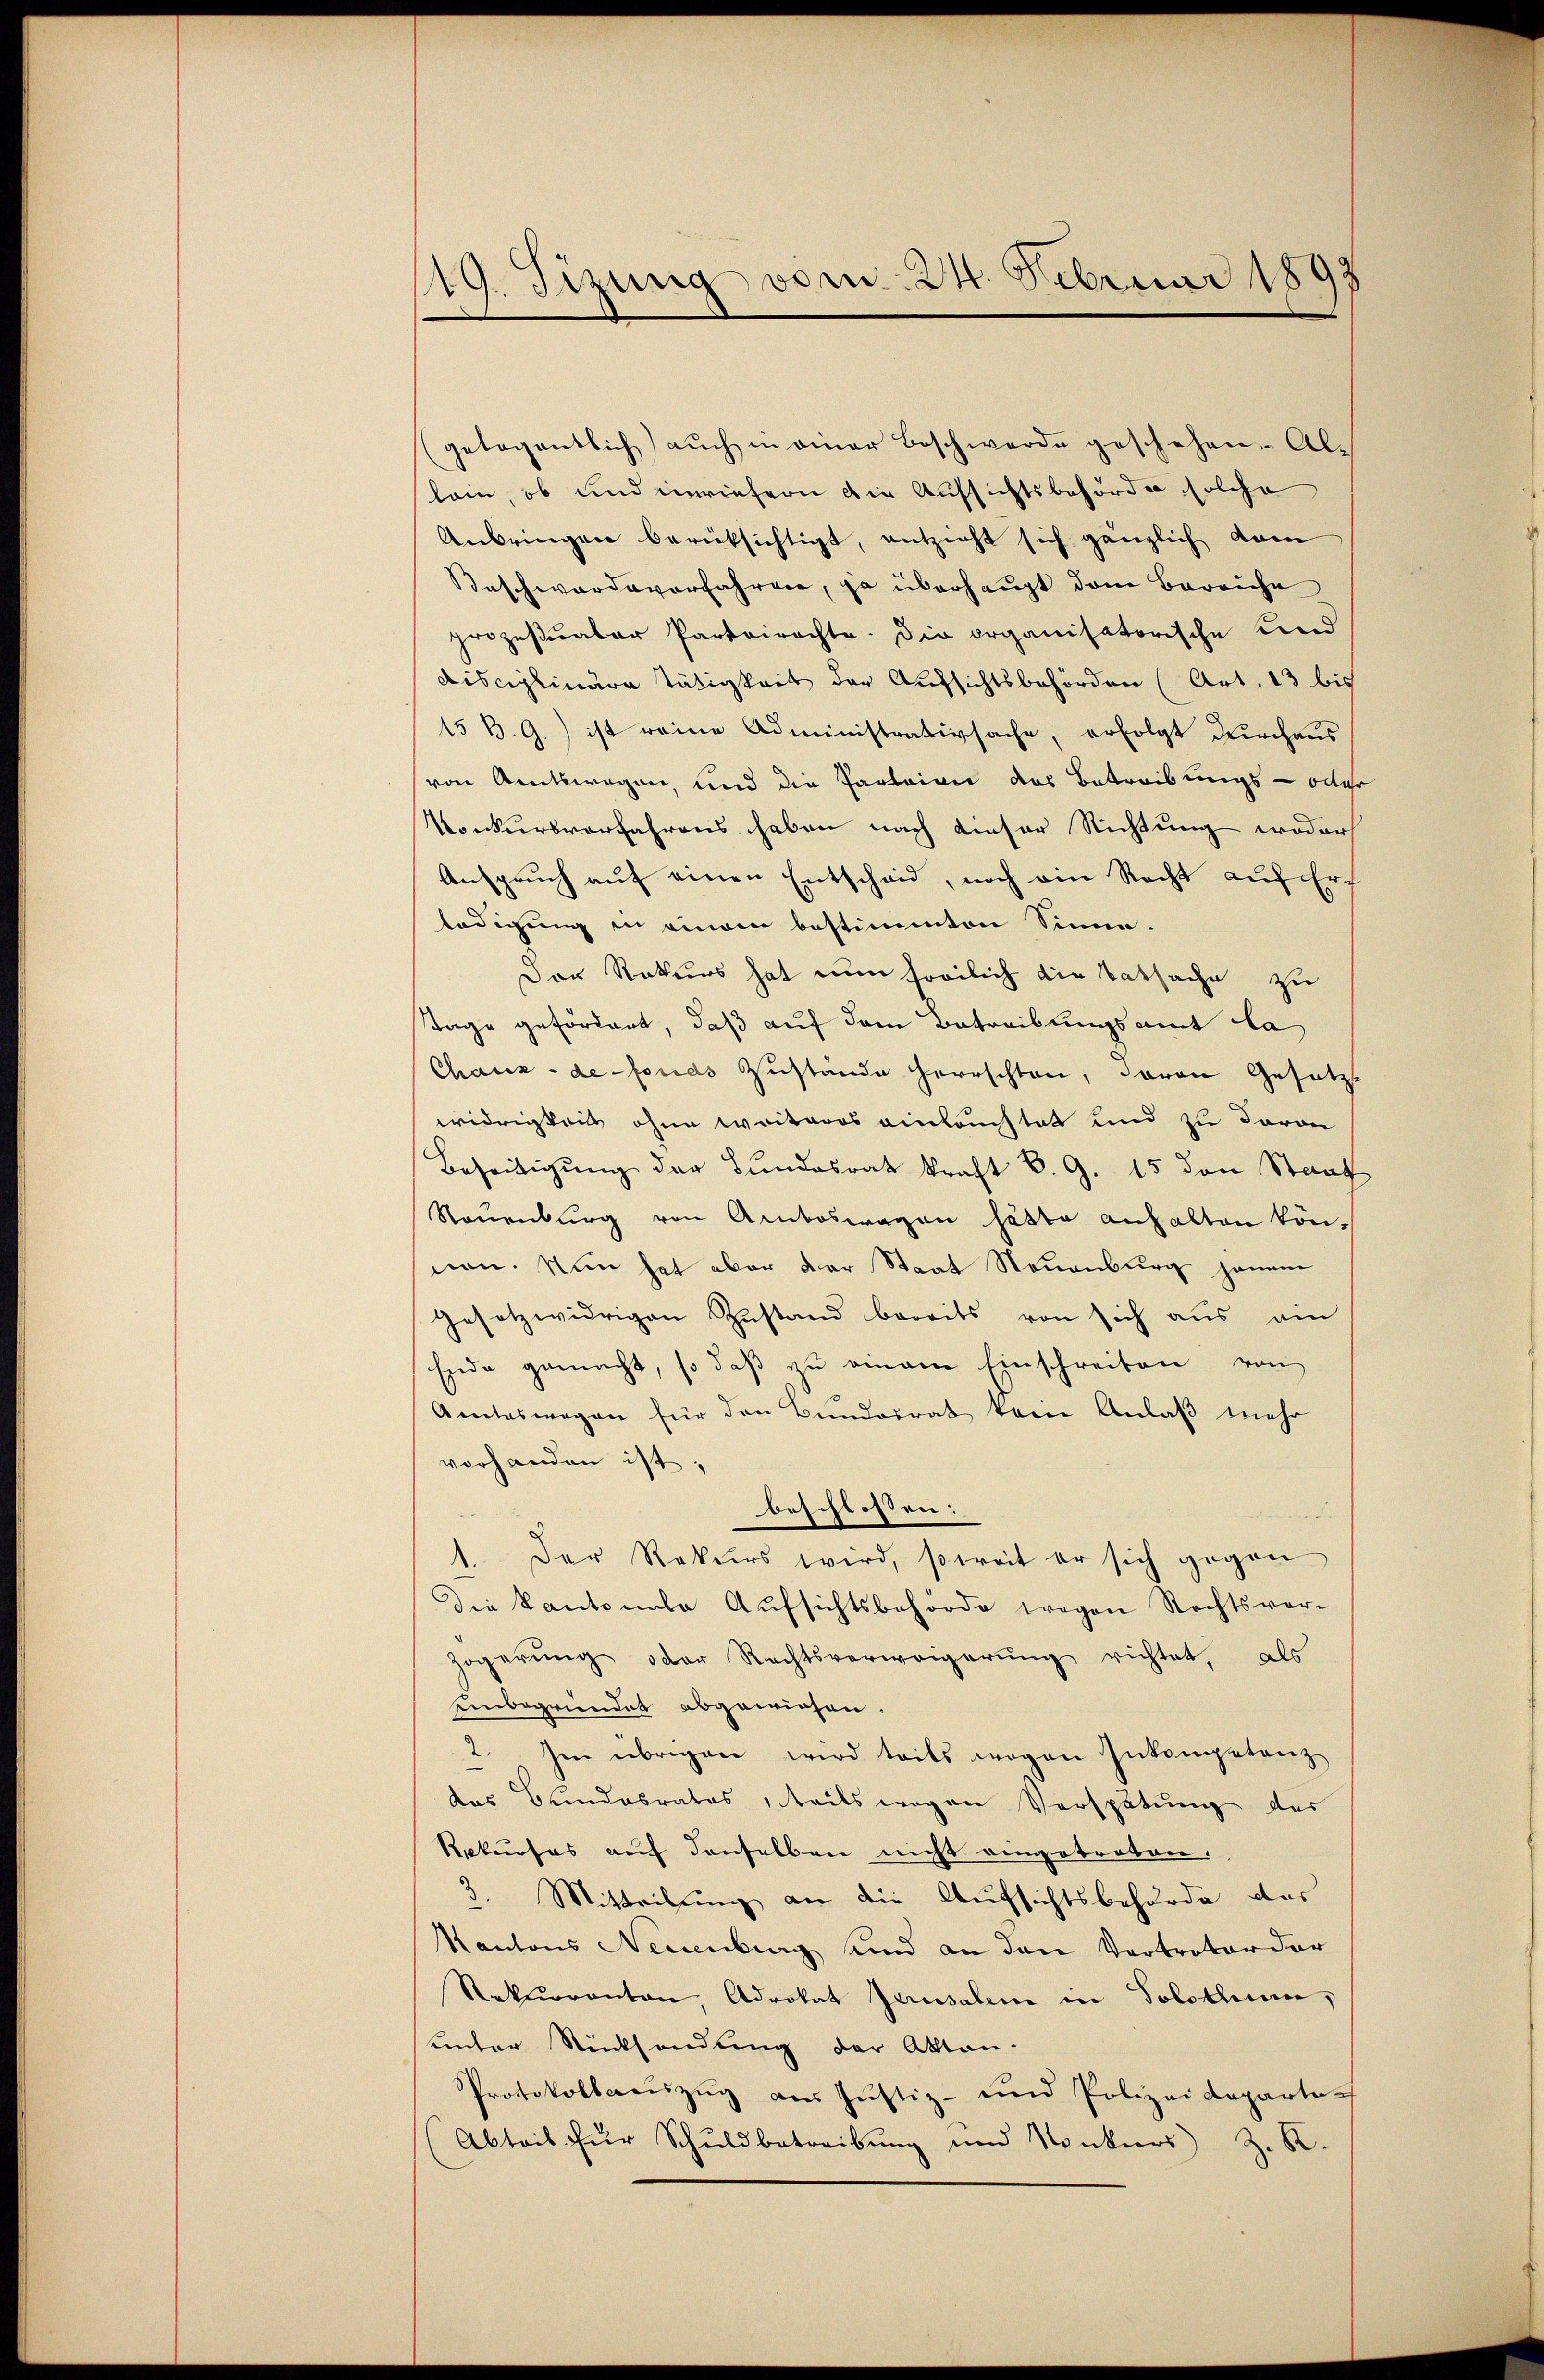
119. Sizung vom 24. Februar 189
¬

(gelegentlich aŭch in einer Beschwerde geschehen. Allein, ob und inwiefern die Aufsichtsbehörde solche
Anbringen berücksichtigt, entzieht sich gänzlich dam
Beschwardsverfahren, ja überhaupt dem Barriche
prozesuaber Parteirechte. Die organisatorische Kind
disciplinare tätigkeit der Aufsichtsbehörden (Art. 13 bis
15 B. G.) ist reine Administrativsache, erfolgt durchaus
von Amtswegen, und die Parteien das Betreibungs- oder
Konkursverfahrens haben nach dieser Richtung wodur
Anspruch auf einen Entscheid, noch ein Recht auf Erledigung in einem bestimmten Sinne-
Der Rekurs hat nun horilich die Tatsache zu
Tage gefördert, daß auf dem Betreiblingsamt la
Chaux-de-Fonds Zŭstände herrschten, davon Gesetz-
widrigkeit ohne weiteres einleuchtet und zu davon
Beseitigŭng der Bundesrat kraft B. G. 15 den Staat
Neuenburg von Amtoswagen hätte anhalten können. Nun hat aber der Staat Neuenburg jenem
Gesetzwidrigen Zustand bereits von sich aus ein
Ende gemacht, so daß zu einem Einschreiben von
Amteswegen für den Bunderrat kam Anlaß mehr
vorhanden ist,
beschlossen:
1. Der Rekurs wird, soweit er sich gegen
Die Kantonale Aufsichtsbehörde wegen Rechtsver-
Zögerŭng oder Rechtsverweigerŭng richtet, als
Einbegriendet abgewiesen.
2. Im übrigen wird teils wegen Inkompetenz
das Bundesrates, teils wegen Verspätung der
Rekŭrses aŭf denselben nicht eingetreten.
3. Mitteilung an die Aufsichtsbehörde des
Kantons Neuenburg und an den Vertreter der
Rekurrenten, Advokat Jerusalen in Solothur,
unter Rücksendung der Akten.
Protokollsauszug aus Justiz- und Polizeideparten
(Abteil für Schŭldbetreibŭng und Konkurs z. K.